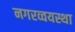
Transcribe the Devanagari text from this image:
नगरव्वयस्था